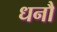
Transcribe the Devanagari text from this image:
धनौ